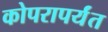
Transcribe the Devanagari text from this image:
कोपरापर्यंत